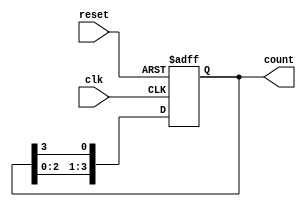
module binary_ring_counter #(
    parameter N = 4  // Number of flip-flops
)(
    input wire clk,       // Clock signal
    input wire reset,     // Asynchronous reset signal
    output reg [N-1:0] count // Output representing the current state
);

// Always block for the ring counter
always @(posedge clk or posedge reset) begin
    if (reset) begin
        // Initialize the counter to the first state
        count <= 1'b1; // Only the first flip-flop is set to '1'
    end else begin
        // Shift the '1' to the next flip-flop
        count <= {count[N-2:0], count[N-1]}; // Shift left and wrap around
    end
end

endmodule